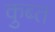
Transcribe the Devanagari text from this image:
कुब्त